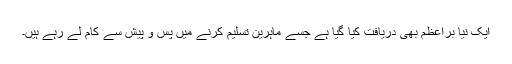
ایک نیا براعظم بھی دریافت کیا گیا ہے جسے ماہرین تسلیم کرنے میں پس و پیش سے کام لے رہے ہیں۔